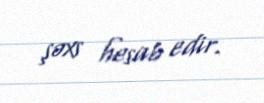
şəxs hesab edir.